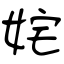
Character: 姹